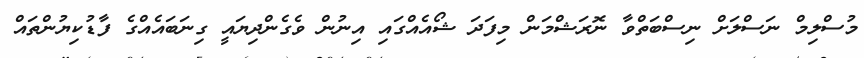
މުސްލިމް ނަސްލަށް ނިސްބަތްވާ ނޮރަޝްމަން މިފަދަ ޝޯއެއްގައި އިނުން ވެގެންދިޔައީ ގިނަބައެއްގެ ފާޑުކިޔުންތައް